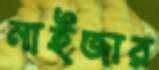
নাইজার